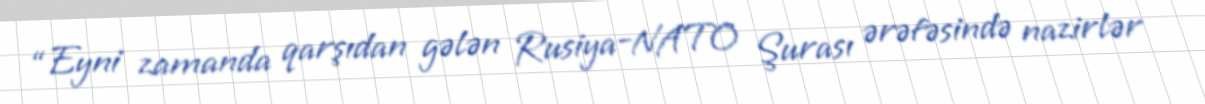
“Eyni zamanda qarşıdan gələn Rusiya-NATO Şurası ərəfəsində nazirlər